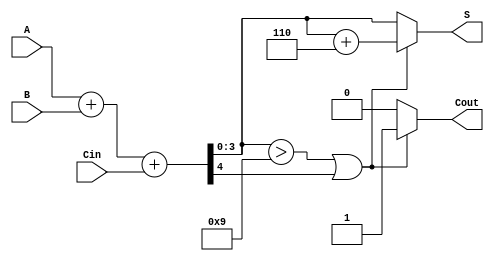
module BCD_Adder (
    input  wire [3:0] A,      // 4-bit BCD input A
    input  wire [3:0] B,      // 4-bit BCD input B
    input  wire Cin,          // 1-bit carry input
    output reg  [3:0] S,      // 4-bit BCD output
    output reg  Cout          // 1-bit carry output
);

    wire [4:0] Sum;           // 5-bit sum to hold A + B + Cin
    wire correction_needed;    // Flag to indicate if correction is needed

    // Step 1: Binary addition
    assign Sum = A + B + Cin;

    // Step 2: Determine if correction is needed
    assign correction_needed = (Sum[3:0] > 4'b1001) || Sum[4];

    // Step 3: BCD correction and output assignment
    always @(*) begin
        if (correction_needed) begin
            S = Sum[3:0] + 4'b0110; // Add 6 to correct
            Cout = 1;               // Set carry out
        end else begin
            S = Sum[3:0];           // No correction needed
            Cout = 0;               // No carry out
        end
    end

endmodule